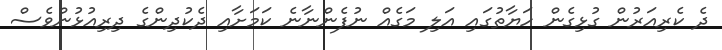
ދެ ކެރިއަރުން ގުޅިގެން ހަޔާތުގައި އަލި މަގެއް ނުފެންނާނެ ކަމަށާއި ދެކުދިންގެ ދިރިއުޅުންވެސް